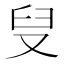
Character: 𪠨